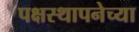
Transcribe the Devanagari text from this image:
पक्षस्थापनेच्या